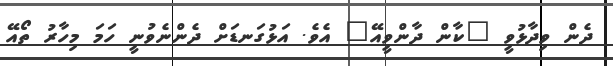
ދެން ވިދާޅުވީ "ކާން ދާންވީއޭ" އެވެ. އަޅުގަނޑަށް ދެންނެވުނީ ހަމަ މިހާރު ތޯއޭ